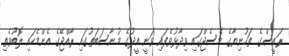
ރައީސްގެ ތަހުނިޔާގެ މެސެޖްގައި ވިދާޅުވެފައި ވަނީ އީދުގެ މުނާސަބަތުގައި ރާއްޖޭގެ އެންމެހައި ލޮބުވެތި